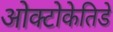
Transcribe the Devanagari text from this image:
ओक्टोकेतिडे